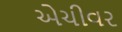
એચીવર